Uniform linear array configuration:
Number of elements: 4
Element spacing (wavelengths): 0.25
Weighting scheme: hann
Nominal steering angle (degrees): -15
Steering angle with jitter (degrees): -16.396
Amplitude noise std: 0.05
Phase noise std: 0.05

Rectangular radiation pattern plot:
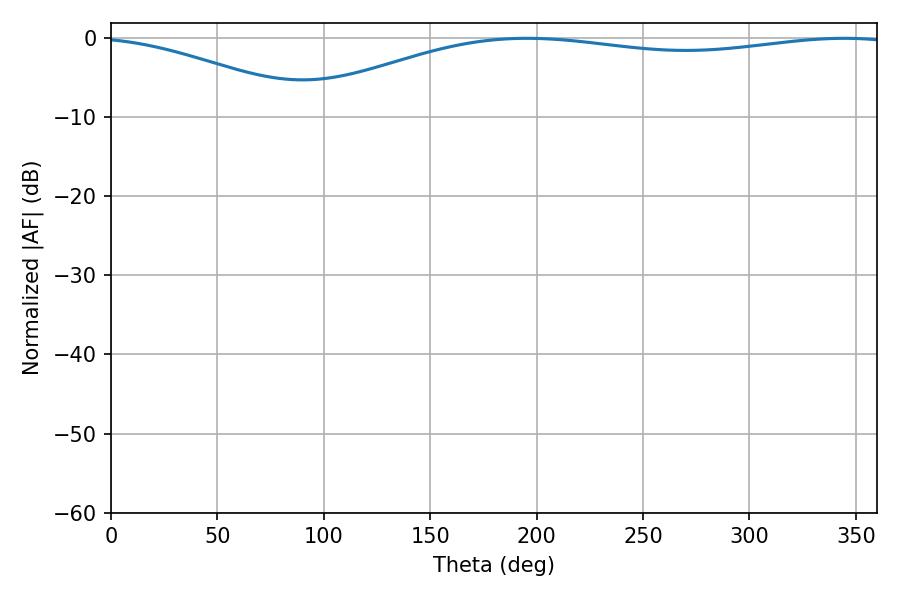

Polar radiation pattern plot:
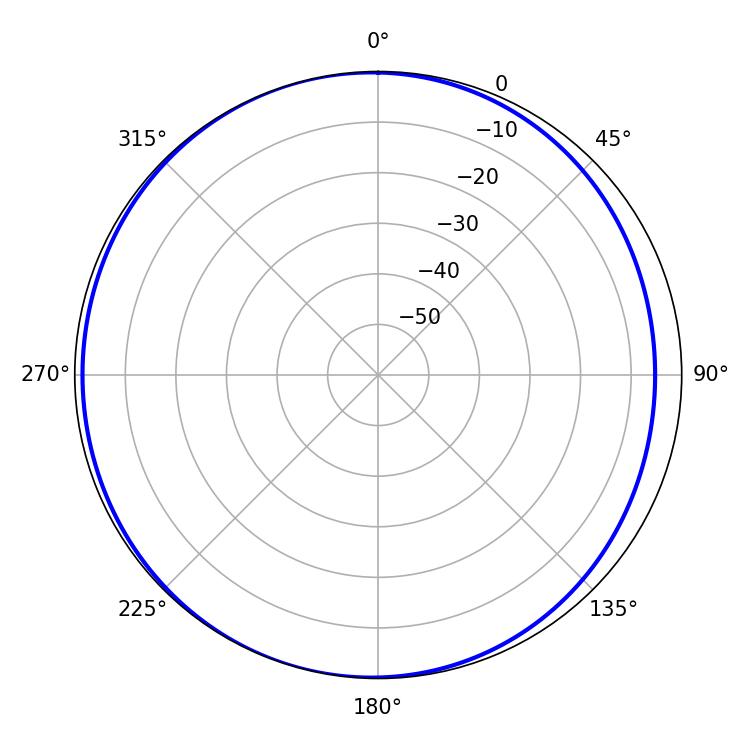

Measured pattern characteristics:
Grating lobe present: FALSE
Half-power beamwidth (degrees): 227.16
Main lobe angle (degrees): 195.3